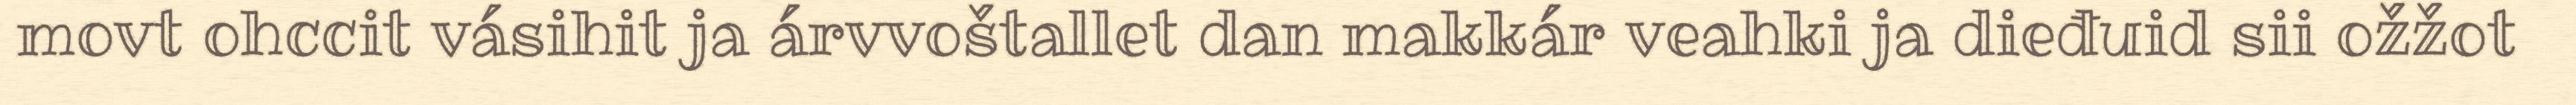
movt ohccit vásihit ja árvvoštallet dan makkár veahki ja dieđuid sii ožžot